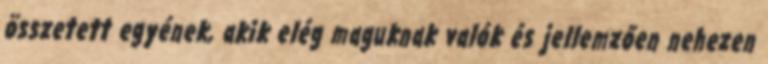
összetett egyének, akik elég maguknak valók és jellemzően nehezen